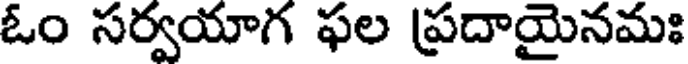
ఓం సర్వయాగ ఫల ప్రదాయైనమః